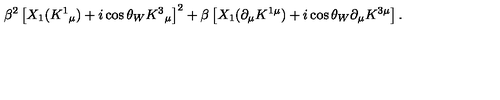
\beta ^ { 2 } \left[ X _ { 1 } ( K ^ { 1 } { } _ { \mu } ) + i \cos { \theta _ { W } } K ^ { 3 } { } _ { \mu } \right] ^ { 2 } + \beta \left[ X _ { 1 } ( \partial _ { \mu } K ^ { 1 \mu } ) + i \cos { \theta _ { W } } \partial _ { \mu } K ^ { 3 \mu } \right] .